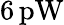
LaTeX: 6\, \mathrm{pW}